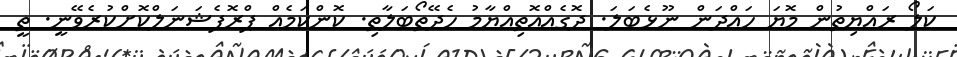
ކަލޯ ރައްޔިތުން މޮޔަ ހައްދަން ނޫޅެބަލަ. ދޮގެއްއޮތިއްޔާމު ހެދޭތޯބަލާތި. ކޮންކަމެއް ޕްރޮފެޝަނަލްކޮށްކުރެވޭނީ. ތީ